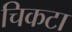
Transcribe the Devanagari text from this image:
चिकटा